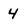
Character: 4